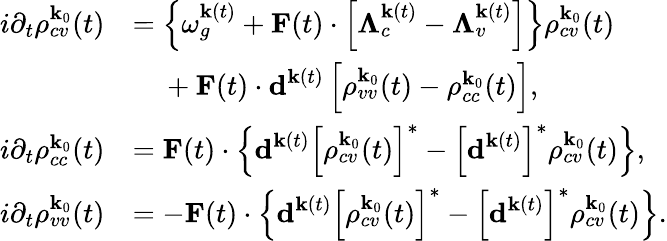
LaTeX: \begin{array}{rl}{i\partial_{t}\rho_{cv}^{\textbf{k}_{0}}(t)}&{=\left\{ \omega_{g}^{\textbf{k}(t)}+\textbf{F}(t)\cdot\left[\mathbf{\Lambda}_{c}^{\textbf{k}(t)}-\mathbf{\Lambda}_{v}^{\textbf{k}(t)}\right]\right\} \rho_{cv}^{\textbf{k}_{0}}(t)}\\ &{\ \ \ \ +\textbf{F}(t)\cdot\textbf{d}^{\textbf{k}(t)}\left[\rho_{vv}^{\textbf{k}_{0}}(t)-\rho_{cc}^{\textbf{k}_{0}}(t)\right],}\\ {i\partial_{t}\rho_{cc}^{\textbf{k}_{0}}(t)}&{=\textbf{F}(t)\cdot\left\{ \textbf{d}^{\textbf{k}(t)}\left[\rho_{cv}^{\textbf{k}_{0}}(t)\right]^{*}-\left[\textbf{d}^{\textbf{k}(t)}\right]^{*}\rho_{cv}^{\textbf{k}_{0}}(t)\right\} ,}\\ {i\partial_{t}\rho_{vv}^{\textbf{k}_{0}}(t)}&{=-\textbf{F}(t)\cdot\left\{ \textbf{d}^{\textbf{k}(t)}\left[\rho_{cv}^{\textbf{k}_{0}}(t)\right]^{*}-\left[\textbf{d}^{\textbf{k}(t)}\right]^{*}\rho_{cv}^{\textbf{k}_{0}}(t)\right\} .}\end{array}